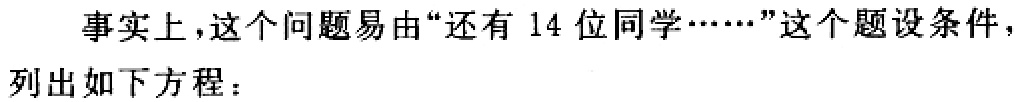
事实上，这个问题易由“还有 14 位同学……”这个题设条件，
列出如下方程：